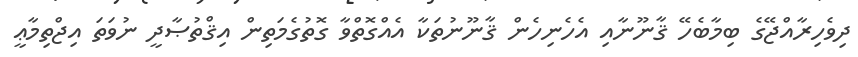
ދިވެހިރާއްޖޭގެ ބިމާބެހޭ ޤާނޫނާއި އެހެނިހެން ޤާނޫނުތަކާ އެއްގޮތްވާ ގޮތުގެމަތިން އިޤްތުޞާދީ ނުވަތަ އިޖްތިމާޢީ